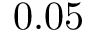
0 . 0 5